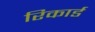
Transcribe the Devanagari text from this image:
रिकार्ड